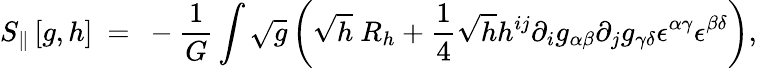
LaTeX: S_{\| }\left[g,h\right]~=~-{\frac{1}{G}}\int\sqrt g\left(\sqrt h~R_{h}+{\frac{1}{4}}\sqrt hh^{ij}\partial_{i}g_{\alpha\beta}\partial_{j}g_{\gamma\delta}{\epsilon}^{\alpha\gamma}{\epsilon}^{\beta\delta}\right),